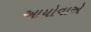
આયોવાએ